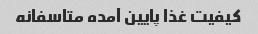
کیفیت غذا پایین آمده متاسفانه